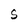
Character: S